Report of the Indian Hemp Drugs Commission, 1894-1895 - Volume I
Year: 1894
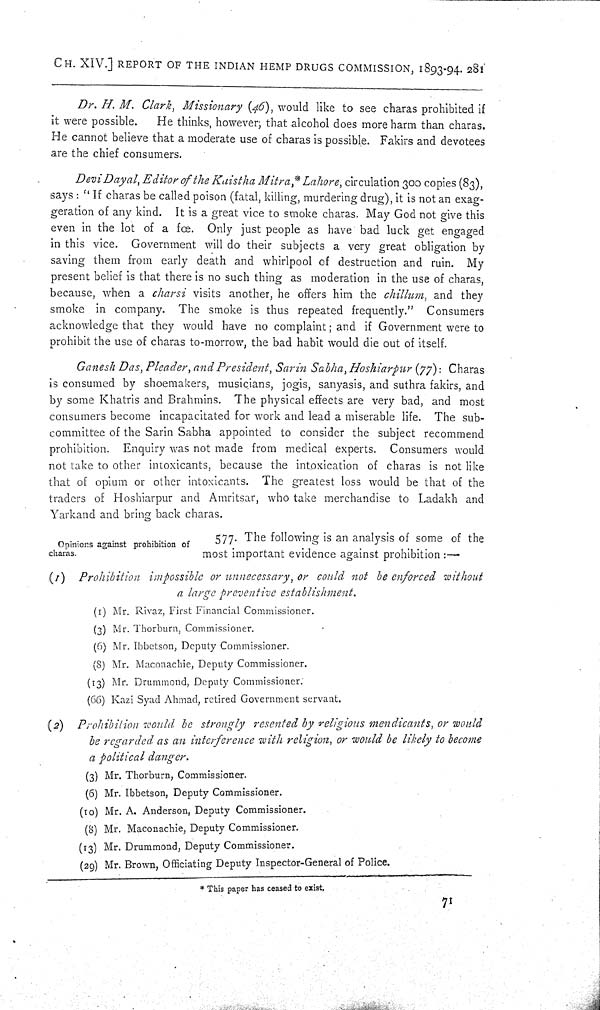
CH. XIV.] REPORT OF THE INDIAN HEMP DRUGS COMMISSION, 1893-94. 281
Dr. H. M. Clark, Missionary (46), would like to see charas prohibited if
it were possible.
He thinks, however; that alcohol does more harm than charas.
He cannot believe that a moderate use of charas is possible. Fakirs and devotees
are the chief consumers.
Devi Dayal, Editor of the Kaistha Mitra,* Lahore, circulation 300 copies (83),
says: "If charas be called poison (fatal, killing, murdering drug), it is not an exag-
geration of any kind. It is a great vice to smoke charas. May God not give this
even in the lot of a fœ. Only just people as have bad luck get engaged
in this vice. Government will do their subjects a very great obligation by
saving them from early death and whirlpool of destruction and ruin. My
present belief is that there is no such thing as moderation in the use of charas,
because, when a charsi visits another, he offers him the chillum, and they
smoke in company. The smoke is thus repeated frequently." Consumers
acknowledge that they would have no complaint; and if Government were to
prohibit the use of charas to-morrow, the bad habit would die out of itself.
Ganesh Das, Pleader, and President, Sarin Sabha, Hoshiarpur (77): Charas
is consumed by shoemakers, musicians, jogis, sanyasis, and suthra fakirs, and
by some Khatris and Brahmins. The physical effects are very bad, and most
consumers become incapacitated for work and lead a miserable life. The sub-
committee of the Sarin Sabha appointed to consider the subject recommend
prohibition. Enquiry was not made from medical experts. Consumers would
not take to other intoxicants, because the intoxication of charas is not like
that of opium or other intoxicants. The greatest loss would be that of the
traders of Hoshiarpur and Amritsar, who take merchandise to Ladakh and
Yarkand and bring back charas.
Opinions against prohibition of
charas.
577. The following is an analysis of some of the
most important evidence against prohibition:—
(1) Prohibition
impossible or unnecessary, or could not be enforced without
a large preventive
establishment.
(1) Mr. Rivaz, First Financial Commissioner.
(3) Mr. Thorburn, Commissioner.
(6) Mr. Ibbetson, Deputy Commissioner.
(8) Mr. Maconachie, Deputy Commissioner.
(13) Mr. Drummond, Deputy Commissioner.
(66) Kazi Syad Ahmad, retired Government servant.
(2)
Prohibition would be strongly resented by religious mendicants, or would
be regarded as an interference with religion, or would be likely to become
a political danger.
(3) Mr. Thorburn, Commissioner.
(6) Mr. Ibbetson, Deputy Commissioner.
(10) Mr. A. Anderson, Deputy Commissioner.
(8) Mr. Maconachie, Deputy Commissioner.
(13) Mr. Drummond, Deputy Commissioner.
(29) Mr. Brown, Officiating Deputy Inspector-General of Police.
* This paper has ceased to exist.
71